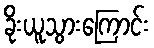
ခိုးယူသွားကြောင်း